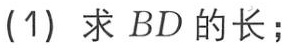
(1) 求 \(BD\) 的长；